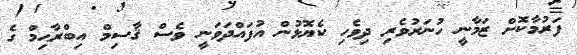
ފަރުމާކޮށް ޒަމާނީ ހުނަރުވެރި ދިވެހި ކެޔޮޅުން އުފައްދަވަނީ ވެސް ޤާސިމް އިބްރާޙިމް ގެ